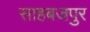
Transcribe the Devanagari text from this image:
साहबजपुर